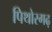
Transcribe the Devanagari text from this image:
पिथोरगढ़